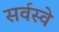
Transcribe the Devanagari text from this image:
सर्वस्वे